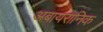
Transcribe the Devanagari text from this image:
अबायरानिक